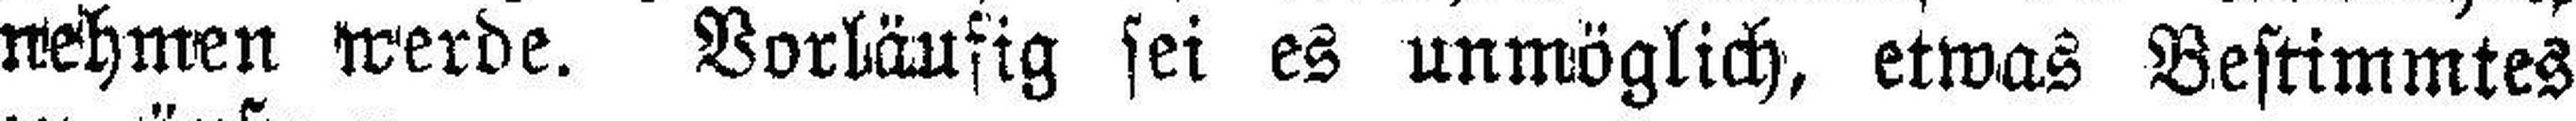
nehmen werde. Vorläufig sei es unmöglich, etwas Bestimmtes